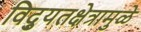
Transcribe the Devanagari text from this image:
विद्युतक्षेत्रामुळे